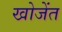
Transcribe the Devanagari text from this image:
खोजेंत